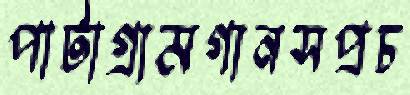
পাটাগ্রামগানসপ্রচ